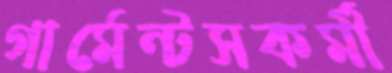
গার্মেন্টসকর্মী